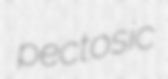
pectosic